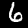
Digit: 6